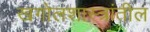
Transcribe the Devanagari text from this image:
खगोलशास्त्रांतील